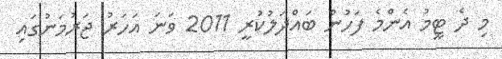
މި ދެ ޓީމު އެންމެ ފަހުން ބައްދަލުކުރީ 2011 ވަނަ އަހަރު ޖަރުމަނުގައި